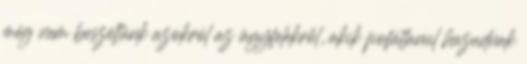
még nem beszéltünk azokról az ügyfelekről, akik pofátlanul hazudnak